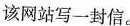
该网站写一封信。